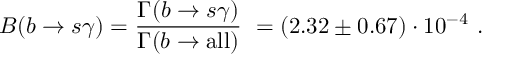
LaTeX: B ( b \to s \gamma ) = \frac { \Gamma ( b \to s \gamma ) } { \Gamma ( b \to \mathrm { a l l } ) } \ = ( 2 . 3 2 \pm 0 . 6 7 ) \cdot 1 0 ^ { - 4 } \ .